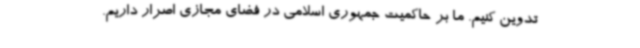
تدوین کنیم. ما بر حاکمیت جمهوری اسلامی در فضای مجازی اصرار داریم.